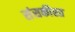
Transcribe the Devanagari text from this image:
संसकीरत